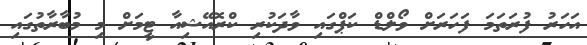
އަހަރު ފުރަތަމަ ފަހަރަށް ވޯލްޑް ކަޕްގައި ވާދަކުރި ކްރޮއޭޝިއާ ޓީމަށް މި މުބާރާތުގައި